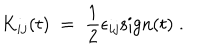
LaTeX: K _ { i j } ( t ) \; = \; \frac { 1 } { 2 } \epsilon _ { i j } \mathrm { s i g n } ( t ) \; .